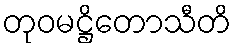
တုဝမဋ္ဌိတောသီတိ